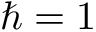
\hbar = 1